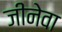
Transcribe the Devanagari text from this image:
जीनेवा